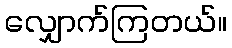
လျှောက်ကြတယ်။